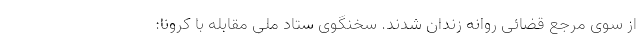
از سوی مرجع قضائی روانه زندان شدند. سخنگوی ستاد ملی مقابله با کرونا: